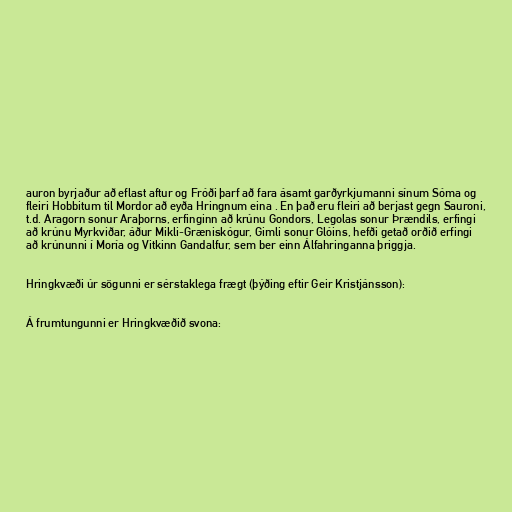
auron byrjaður að eflast aftur og Fróði þarf að fara ásamt garðyrkjumanni sínum Sóma og
fleiri Hobbitum til Mordor að eyða Hringnum eina . En það eru fleiri að berjast gegn Sauroni,
t.d. Aragorn sonur Araþorns, erfinginn að krúnu Gondors, Legolas sonur Þrændils, erfingi
að krúnu Myrkviðar, áður Mikli-Græniskógur, Gimli sonur Glóins, hefði getað orðið erfingi
að krúnunni í Moría og Vitkinn Gandalfur, sem ber einn Álfahringanna þriggja.

Hringkvæði úr sögunni er sérstaklega frægt (þýðing eftir Geir Kristjánsson):

Á frumtungunni er Hringkvæðið svona: